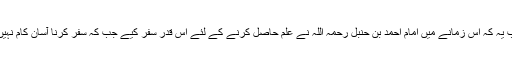
مطلب یہ کہ اس زمانے میں امام احمد بن حنبل رحمہ اللہ نے علم حاصل کرنے کے لئے اس قدر سفر کیے جب کہ سفر کرنا آسان کام نہیں تھا۔